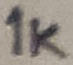
Text: 1K